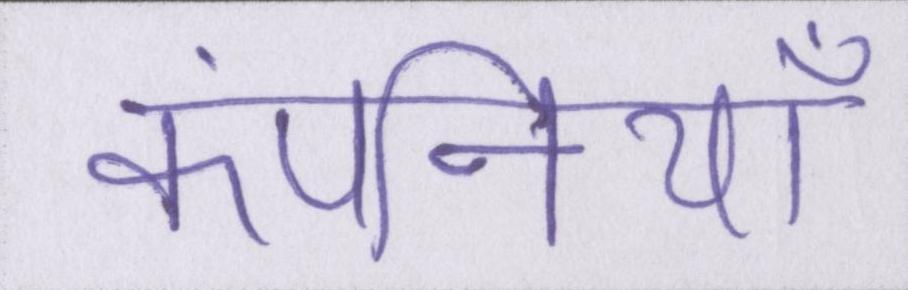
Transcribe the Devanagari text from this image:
कंपनियोँ